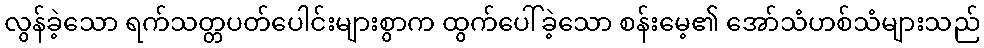
လွန်ခဲ့သော ရက်သတ္တပတ်ပေါင်းများစွာက ထွက်ပေါ်ခဲ့သော စန်းမေ့၏ အော်သံဟစ်သံများသည်